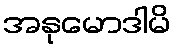
အနုမောဒါမိ